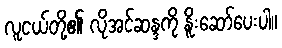
လူငယ်တို့၏ လိုအင်ဆန္ဒကို နိူးဆော်ပေးပါ။